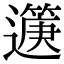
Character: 𨘟